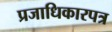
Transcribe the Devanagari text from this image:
प्रजाधिकारपत्र